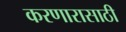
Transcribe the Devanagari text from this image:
करणारासाठी